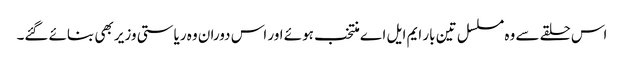
اس حلقے سے وہ مسلسل تین بار ایم ایل اے منتخب ہوئے اور اس دوران وہ ریاستی وزیر بھی بنائے گئے۔